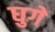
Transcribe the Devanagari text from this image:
घुगे